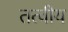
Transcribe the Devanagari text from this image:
तत्‍वीय